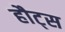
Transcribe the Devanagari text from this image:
हौट्स